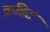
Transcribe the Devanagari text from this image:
क्रडिट